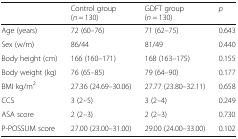
<table><thead><tr><td></td><td><b>Control group (<i>n</i> = 130)</b></td><td><b>GDFT group (<i>n</i> = 130)</b></td><td><b><i>p</i></b></td></tr></thead><tbody><tr><td>Age (years)</td><td>72 (60–76)</td><td>71 (62–75)</td><td>0.643</td></tr><tr><td>Sex (w/m)</td><td>86/44</td><td>81/49</td><td>0.440</td></tr><tr><td>Body height (cm)</td><td>166 (160–171)</td><td>168 (163–175)</td><td>0.155</td></tr><tr><td>Body weight (kg)</td><td>76 (65–85)</td><td>79 (64–90)</td><td>0.177</td></tr><tr><td>BMI kg/m<sup>2</sup></td><td>27.36 (24.69–30.06)</td><td>27.77 (23.80–32.11)</td><td>0.658</td></tr><tr><td>CCS</td><td>3 (2–5)</td><td>3 (2–4)</td><td>0.249</td></tr><tr><td>ASA score</td><td>2 (2–3)</td><td>2 (2–3)</td><td>0.730</td></tr><tr><td>P-POSSUM score</td><td>27.00 (23.00–31.00)</td><td>29.00 (24.00–33.00)</td><td>0.102</td></tr></tbody></table>